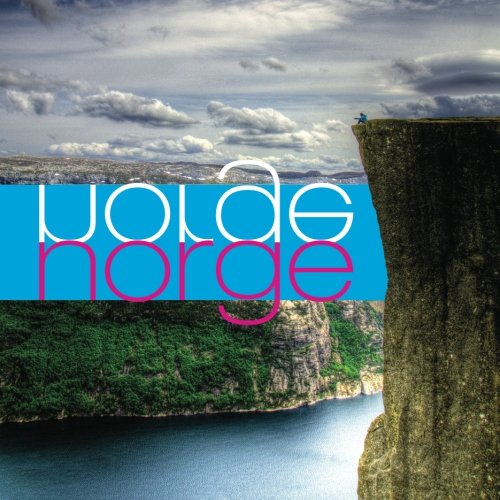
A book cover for Norge: A captivating photography collection of the people, architecture, and nature of Norway.; Zane R. Cochran; Travel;